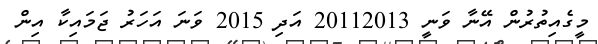
މީގެއިތުރުން އޭނާ ވަނީ 20112013 އަދި 2015 ވަނަ އަހަރު ޖަމައިކާ އިން